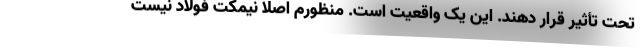
تحت تأثیر قرار دهند. این یک واقعیت است. منظورم اصلاً نیمکت فولاد نیست